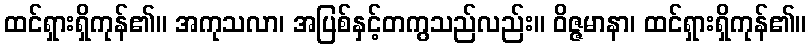
ထင်ရှားရှိကုန်၏။ အကုသလာ၊ အပြစ်နှင့်တကွသည်လည်း။ ဝိဇ္ဇမာနာ၊ ထင်ရှားရှိကုန်၏။